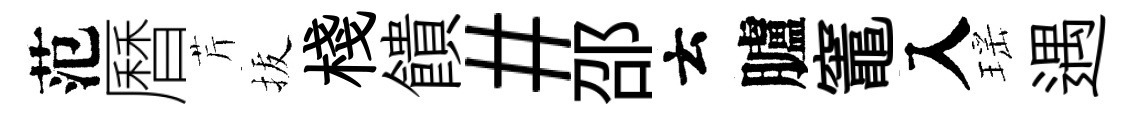
范曆芹拔棧饋#邵云臚竈入瑶遇